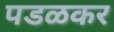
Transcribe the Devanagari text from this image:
पडळकर